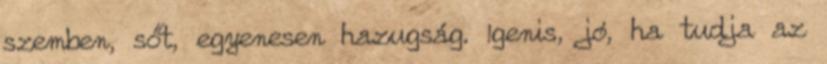
szemben, sőt, egyenesen hazugság. Igenis, jó, ha tudja az